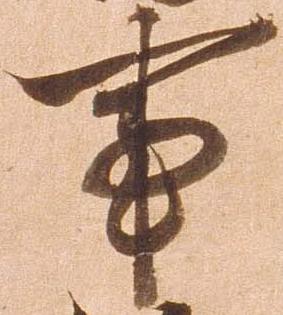
事